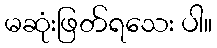
မဆုံးဖြတ်ရသေး ပါ။